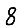
Digit: 8